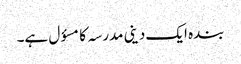
بندہ ایک دینی مدرسہ کامسؤل ہے۔